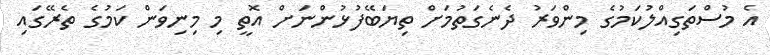
އެ މުސްތަގިއްލުކަމުގެ މިންވަރު ދެނެގަތުމަށް ތިޔަބޭފުޅުންނަށް އޮތީ މި މިނިވަން ކަމުގެ ތެރޭގައި